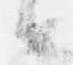
候